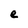
Character: e